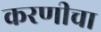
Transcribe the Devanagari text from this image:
करणीचा